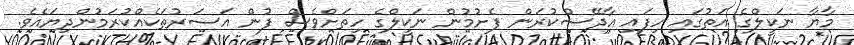
މާޔާ ނަކީލްގެ އަތުގައި ހިފައި އާދޭސްކުރަން ފެށުމުން ނަކީލްގެ ހިތަށްވެސް ފުން އަސަރުތަކެއްކުރަމުންދިޔައެވެ.